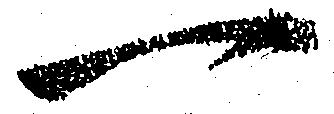
一